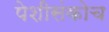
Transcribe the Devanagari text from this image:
पेशीसंकोच